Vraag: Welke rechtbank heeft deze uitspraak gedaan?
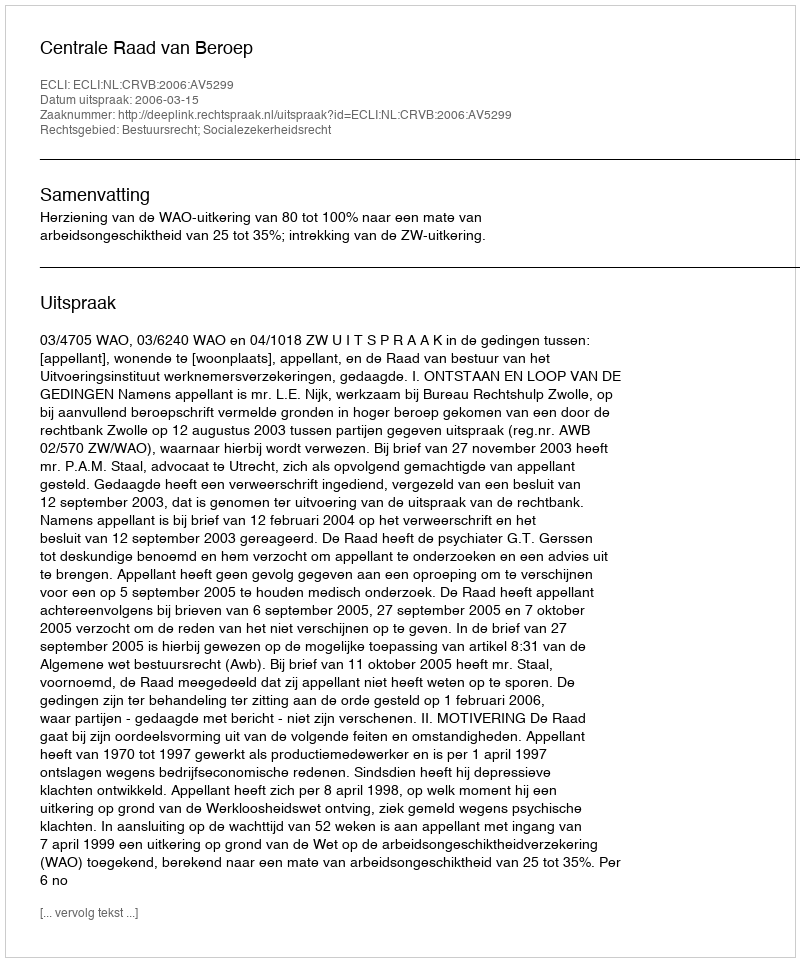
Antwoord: Centrale Raad van Beroep